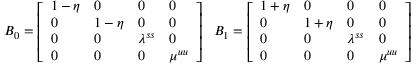
B _ { 0 } = \left[ \begin{array} { l l l l } { 1 - \eta } & { 0 } & { 0 } & { 0 } \\ { 0 } & { 1 - \eta } & { 0 } & { 0 } \\ { 0 } & { 0 } & { \lambda ^ { s s } } & { 0 } \\ { 0 } & { 0 } & { 0 } & { \mu ^ { u u } } \end{array} \right] \ \ B _ { 1 } = \left[ \begin{array} { l l l l } { 1 + \eta } & { 0 } & { 0 } & { 0 } \\ { 0 } & { 1 + \eta } & { 0 } & { 0 } \\ { 0 } & { 0 } & { \lambda ^ { s s } } & { 0 } \\ { 0 } & { 0 } & { 0 } & { \mu ^ { u u } } \end{array} \right]